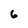
Character: 6